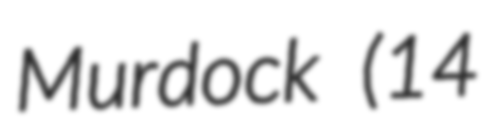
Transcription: Murdock (14